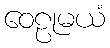
ဝေဠုမယံ